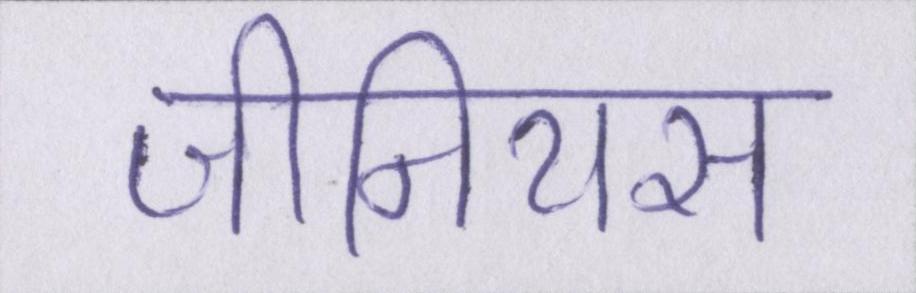
जीनियस